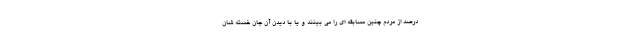
درصد از مردم چنین مسابقه ای را می بینند و یا با دیدن آن جان خسته شان